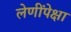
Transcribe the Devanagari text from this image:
लेणींपेक्षा